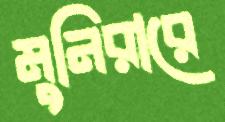
মুনিরারে